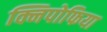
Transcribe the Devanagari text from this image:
क्निपोफिया